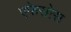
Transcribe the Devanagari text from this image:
एफेसोस